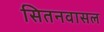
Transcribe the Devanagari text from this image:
सितनवासल